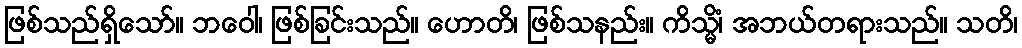
ဖြစ်သည်ရှိသော်။ ဘဝေါ၊ ဖြစ်ခြင်းသည်။ ဟောတိ၊ ဖြစ်သနည်း။ ကိသ္မိံ၊ အဘယ်တရားသည်။ သတိ၊